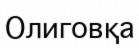
Олиговқа